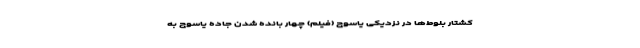
کشتار بلوط‌ها در نزدیکی یاسوج (فیلم) چهار بانده شدن جاده یاسوج به